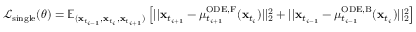
\begin{array} { r } { \mathcal { L } _ { \mathrm { s i n g l e } } ( \theta ) = \mathbb { E } _ { ( \mathbf { x } _ { t _ { i - 1 } } , \mathbf { x } _ { t _ { i } } , \mathbf { x } _ { t _ { i + 1 } } ) } \left[ | | \mathbf { x } _ { t _ { i + 1 } } - \mu _ { t _ { i + 1 } } ^ { \mathrm { O D E , F } } ( \mathbf { x } _ { t _ { i } } ) | | _ { 2 } ^ { 2 } + | | \mathbf { x } _ { t _ { i - 1 } } - \mu _ { t _ { i - 1 } } ^ { \mathrm { O D E , B } } ( \mathbf { x } _ { t _ { i } } ) | | _ { 2 } ^ { 2 } \right] , } \end{array}